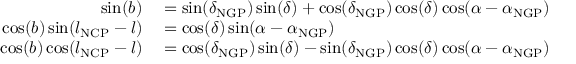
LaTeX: \begin{array} { r l } { \sin ( b ) } & { { } = \sin ( \delta _ { \mathrm { N G P } } ) \sin ( \delta ) + \cos ( \delta _ { \mathrm { N G P } } ) \cos ( \delta ) \cos ( \alpha - \alpha _ { \mathrm { N G P } } ) } \\ { \cos ( b ) \sin ( l _ { \mathrm { N C P } } - l ) } & { { } = \cos ( \delta ) \sin ( \alpha - \alpha _ { \mathrm { N G P } } ) } \\ { \cos ( b ) \cos ( l _ { \mathrm { N C P } } - l ) } & { { } = \cos ( \delta _ { \mathrm { N G P } } ) \sin ( \delta ) - \sin ( \delta _ { \mathrm { N G P } } ) \cos ( \delta ) \cos ( \alpha - \alpha _ { \mathrm { N G P } } ) } \end{array}